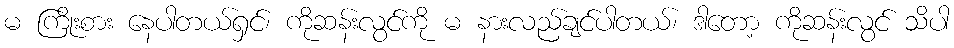
မ ကြိုးစား နေပါတယ်ရှင်၊ ကိုဆန်းလွင်ကို မ နားလည်ချင်ပါတယ်၊ ဒါတော့ ကိုဆန်းလွင် သိပါ